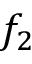
f _ { 2 }